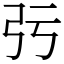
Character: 㢪